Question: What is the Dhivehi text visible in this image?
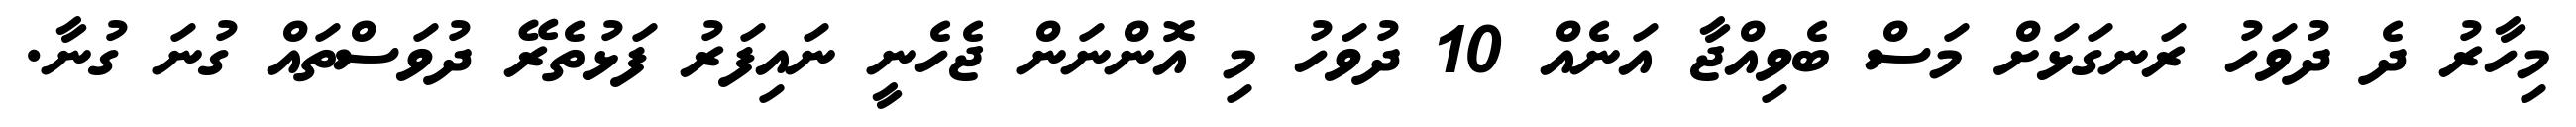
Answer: މިހާރު ދެ ދުވަހު ރަނގަޅަށް މަސް ބެވިއްޖާ އަނެއް 10 ދުވަހު މި އޮންނަން ޖެހެނީ ނައިފަރު ފަޅުތެރޭ ދުވަސްތައް ގުނަ ގުނާ.